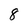
Character: 8